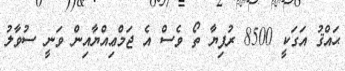
ޙައްޤު އަގަކީ 8500 ރުފިޔާ ތޯ ވެސް އެ ޖަމްޢިއްޔާއިން ވަނީ ސުވާލު